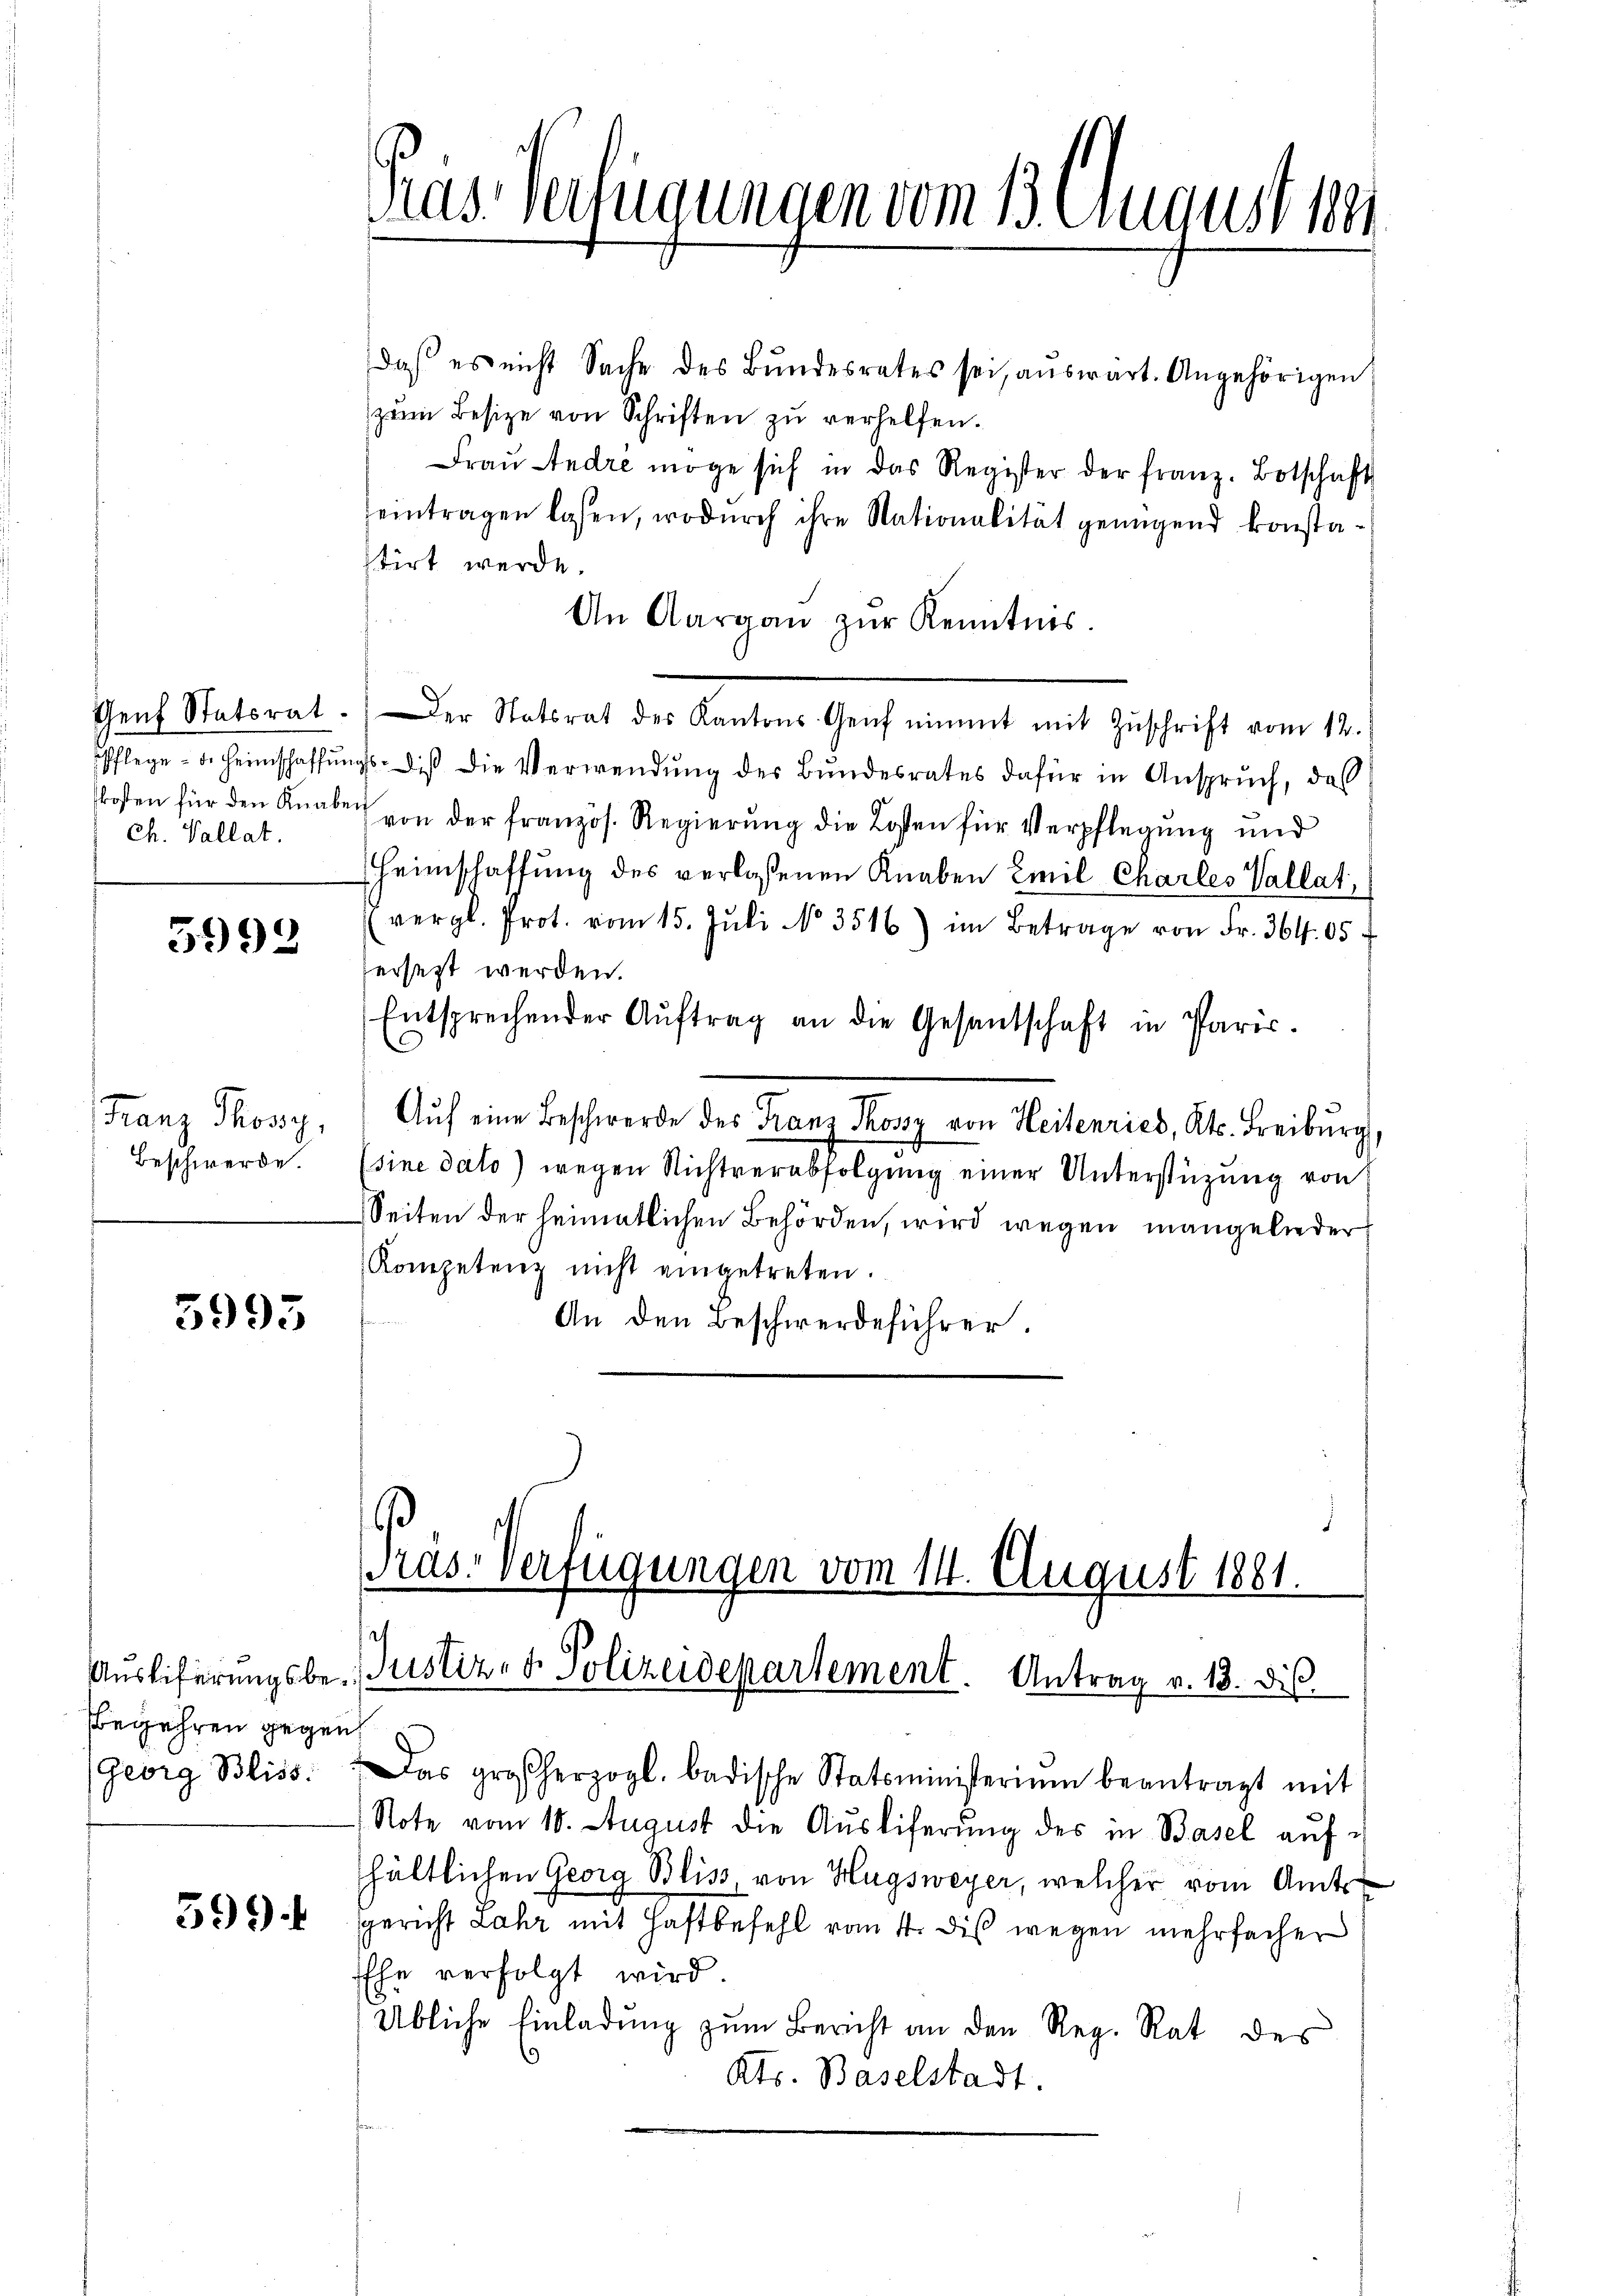
Genf Statsrat
Pflege - u. Heimschaffung
kosten für den Knaben
Ch. Vallat

5992

Franz Posi
Beschwerde.

3993

Begehren gegen

5994

das Verfügungen vom 13. August 18

daß es nicht Sache des Bŭndesrates sei, aŭswart. Angehörigen
zum Besize von Schriften zu verhelfen.
Fraŭ Andre möge sich in das Register der franz. Botschaft
eintragen lassen, wodurch ihre Nationalität genügend konstastirt werde.
An Aargaŭ zŭr Kenntnis
Der Nation der alten auch warent aus gesteht der de
gs. diβ die Verwendung des Bundesrates dafür in Anspruch, das
von der französ. Regierung die Losten für Verpflegung und
Heimschaffung des verlassenen Knaben Emil Charles Vallat
(vergl. Prot. vom 15. Jŭli No 3516) im Betrage von Fr. 364 05
hersetzt werden.
Entsprechender Aŭftrag an die Gesantschaft in Paris.
Aŭf eine Beschwerde des Franz Possy von Heitenried, Kts. Freiburg,
(sine dato) wegen Nichtverabfolgung einer Unterstüzung von
Seiten der heimatlichen Behörden, wird wegen mangelnder
Kompetenz nicht eingetreten.
An den Beschwerdeführer.

Georg Bliss. Das großherzogl. badische Statsministerium beantragt mit
Note vom 10. August die Ausliferung des in Basel auf
hältlichen Georg Bliss, von Hugsweyer, welcher vom Amts
sgericht Lahr mit Haftbefehl vom 4. dis wegen mehrfacher
EEhe verfolgt wird.
Übliche Einladung zum Bericht an den Reg. Rat des
.
Kts. Baselstadt.

Pras-Verfügungen vom 14. August 1881.
Auslieferungsbe- Justiz- & Polizeidepartement. Antrag v. 18. dis